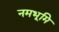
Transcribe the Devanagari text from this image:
नमभूमि